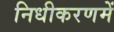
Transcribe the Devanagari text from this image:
निधीकरणमें